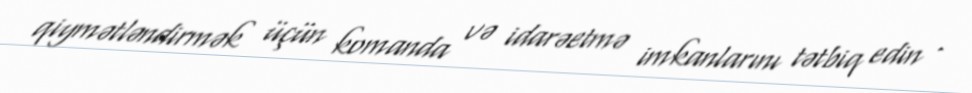
qiymətləndirmək üçün komanda və idarəetmə imkanlarını tətbiq edin .